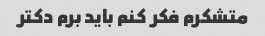
متشکرم فکر کنم باید برم دکتر